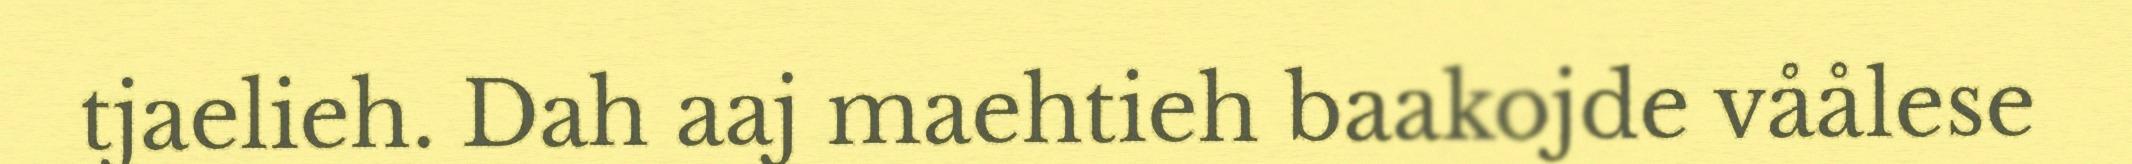
tjaelieh. Dah aaj maehtieh baakojde våålese